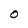
Character: 0